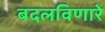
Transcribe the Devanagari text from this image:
बदलविणारे